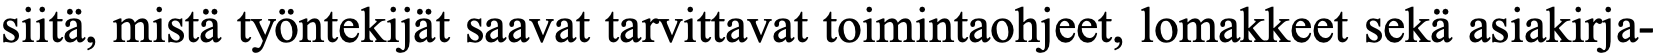
siitä, mistä työntekijät saavat tarvittavat toimintaohjeet, lomakkeet sekä asiakirja-